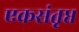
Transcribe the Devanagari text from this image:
एकसंतृप्त